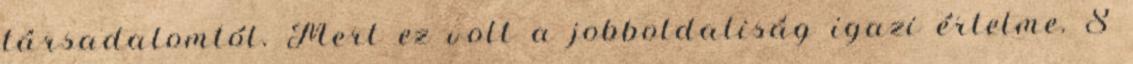
társadalomtól. Mert ez volt a jobboldaliság igazi értelme. S